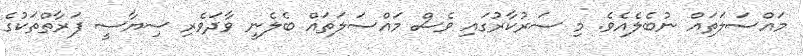
މައްސަލަތައް ނުބެލެއެވެ. މި ސަރުކާރުގައި ވެސް މައްސަލަތައް ބެލެނީ ވާދަވެރި ސިޔާސީ ފަރާތްތަކުގެ